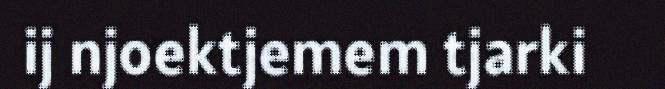
ij njoektjemem tjarki